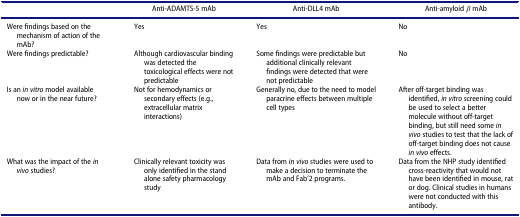
|  | Anti-ADAMTS-5 mAb | Anti-DLL4 mAb | Anti-amyloid β mAb |
 | --- | --- | --- | --- |
 | Were findings based on the mechanism of action of the mAb? | Yes | Yes | No |
 | Were findings predictable? | Although cardiovascular binding was detected the toxicological effects were not predictable | Some findings were predictable but additional clinically relevant findings were detected that were not predictable | No |
 | Is an in vitro model available now or in the near future? | Not for hemodynamics or secondary effects (e.g., extracellular matrix interactions) | Generally no, due to the need to model paracrine effects between multiple cell types | After off-target binding was identified, in vitro screening could be used to select a better molecule without off-target binding, but still need some in vivo studies to test that the lack of off-target binding does not cause in vivo effects. |
 | What was the impact of the in vivo studies? | Clinically relevant toxicity was only identified in the stand alone safety pharmacology study | Data from in vivo studies were used to make a decision to terminate the mAb and Fab’2 programs. | Data from the NHP study identified cross-reactivity that would not have been identified in mouse, rat or dog. Clinical studies in humans were not conducted with this antibody. |